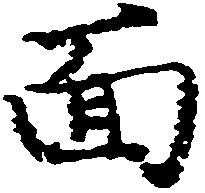
面